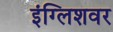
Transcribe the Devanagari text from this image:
इंग्लिशवर